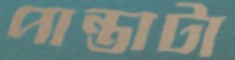
পান্তাটা